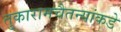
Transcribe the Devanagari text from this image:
तुकारामचैतन्यांकडे